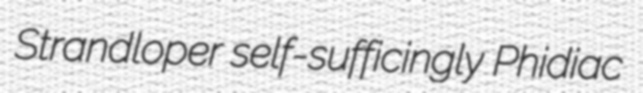
Strandloper self-sufficingly Phidiac